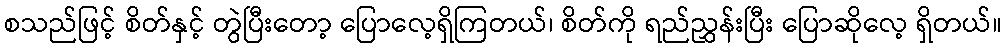
စသည်ဖြင့် စိတ်နှင့် တွဲပြီးတော့ ပြောလေ့ရှိကြတယ်၊ စိတ်ကို ရည်ညွှန်းပြီး ပြောဆိုလေ့ ရှိတယ်။